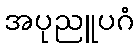
အပုညူပဂံ